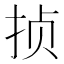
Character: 𱟸